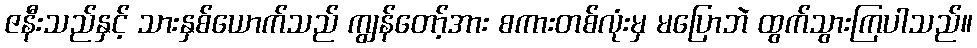
ဇနီးသည်နှင့် သားနှစ်ယောက်သည် ကျွန်တော့်အား စကားတစ်လုံးမှ မပြောဘဲ ထွက်သွားကြပါသည်။